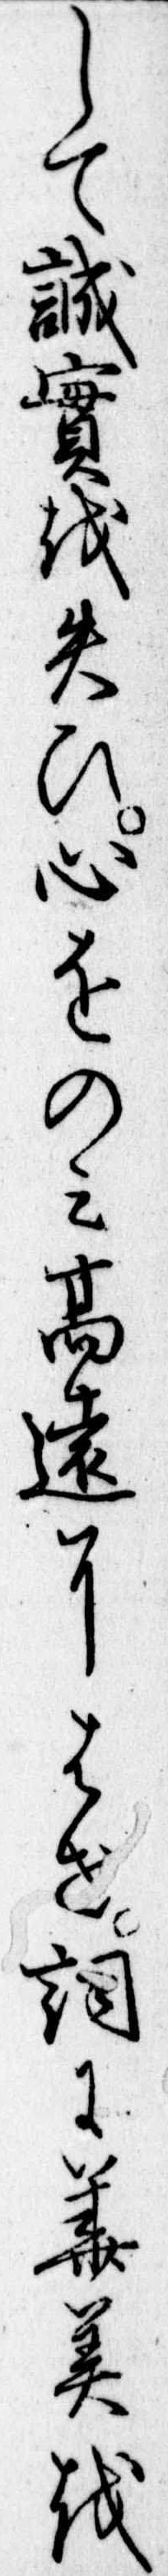
して誠実を失ひ心をのみ高遠にはせ詞に華美を